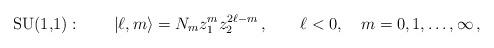
LaTeX: \begin{align*} \mbox{SU(1,1)}: \qquad |\ell,m\rangle = N_m z_1^mz_2^{2\ell-m}\,, \qquad \ell<0, \quad m=0,1,\ldots,\infty\,,\end{align*}